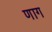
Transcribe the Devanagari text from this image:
णाग